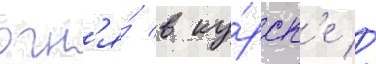
огн'я́ в ку́рск'е //